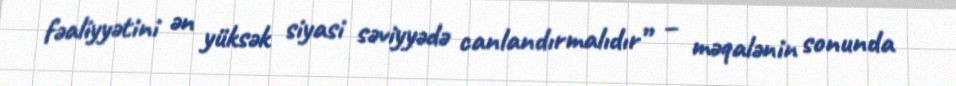
fəaliyyətini ən yüksək siyasi səviyyədə canlandırmalıdır” – məqalənin sonunda